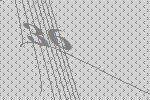
36